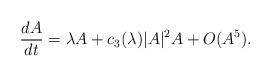
LaTeX: \begin{align*}\frac{dA}{dt} = \lambda A + c_3(\lambda) |A|^2A +O(A^5). \end{align*}